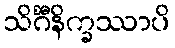
သိင်္ဂီနိက္ခဿာပိ